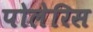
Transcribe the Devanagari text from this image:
पोलेरिस